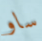
ساو